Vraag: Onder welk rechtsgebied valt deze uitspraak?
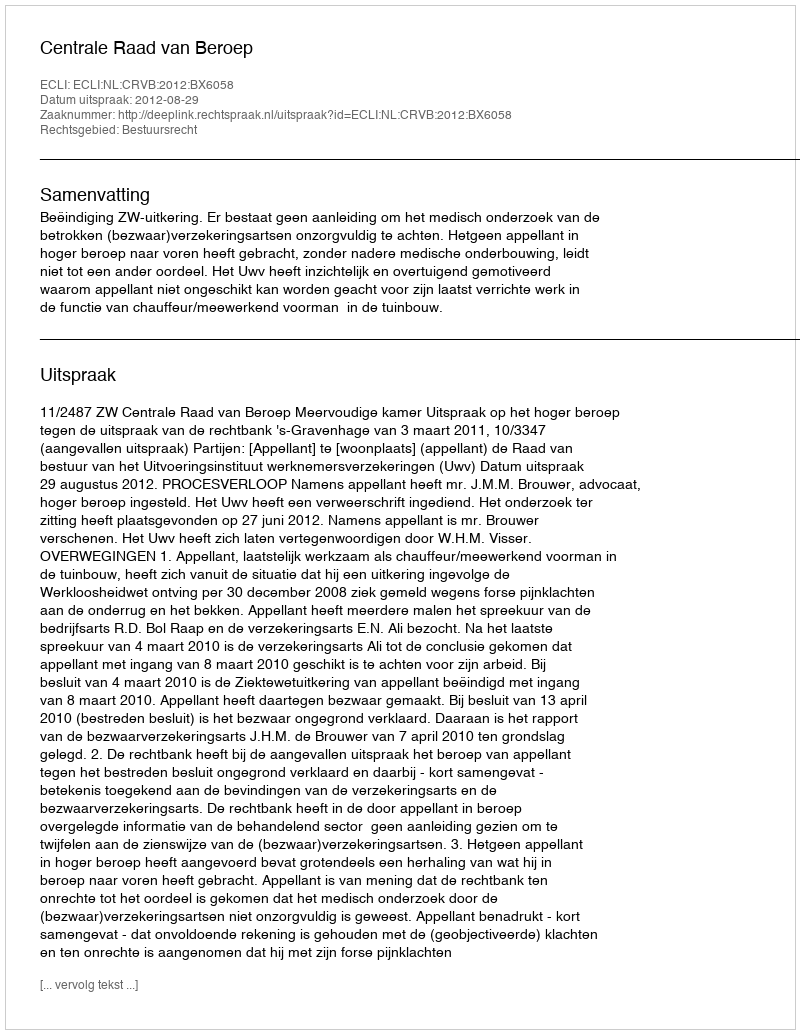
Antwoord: Bestuursrecht